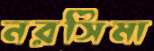
নরসিমা